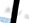
انتم